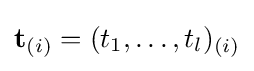
\mathbf {t} _{(i)}=(t_{1},\dots ,t_{l})_{(i)}